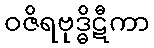
ဝဇိရဗုဒ္ဓိဋီကာ